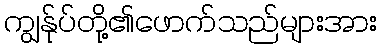
ကျွန်ုပ်တို့၏ဖောက်သည်များအား